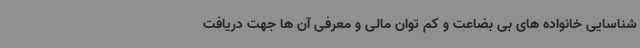
شناسایی خانواده های بی بضاعت و کم توان مالی و معرفی آن ها جهت دریافت